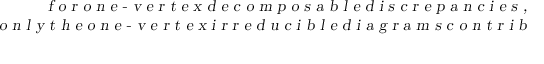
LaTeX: \begin{array} { c } { { \textsl { f o r o n e - v e r t e x d e c o m p o s a b l e d i s c r e p a n c i e s , } } } \\ { { \textsl { o n l y t h e o n e - v e r t e x i r r e d u c i b l e d i a g r a m s c o n t r i b u t e . } } } \end{array}